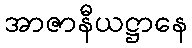
အာဇာနီယဋ္ဌာနေ